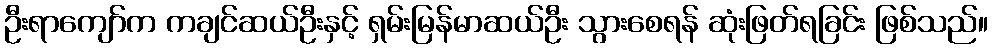
ဦးရာကျော်က ကချင်ဆယ်ဦးနှင့် ရှမ်းမြန်မာဆယ်ဦး သွားစေရန် ဆုံးဖြတ်ရခြင်း ဖြစ်သည်။